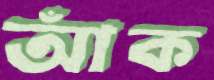
আঁক